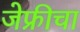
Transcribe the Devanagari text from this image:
जेफ्रीचा